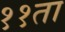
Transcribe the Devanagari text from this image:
११ता